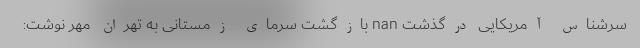
سرشناس آمریکایی درگذشت nan بازگشت سرمای زمستانی به تهران مهر نوشت: